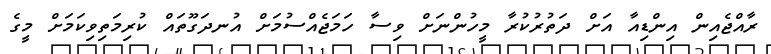
ރާއްޖެއިން އިންޑިއާ އަށް ދަތުރުކުރާ މީހުންނަށް ވިސާ ހަމަޖެއްސުމަށް އުނދަގޫތައް ކުރިމަތިވިކަމަށް މީގެ